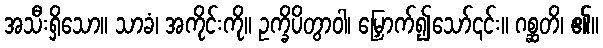
အသီးရှိသော။ သာခံ၊ အကိုင်းကို။ ဥက္ခိပိတွာဝါ၊ မြှောက်၍သော်၎င်း။ ဂစ္ဆတိ၊ ၏။